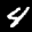
Label: 4